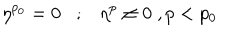
\eta ^ { p _ { 0 } } = 0 ; \eta ^ { p } \neq 0 \; , p < p _ { 0 }